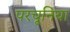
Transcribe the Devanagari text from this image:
परचूनिया